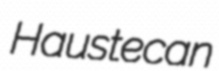
Haustecan